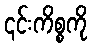
၎င်းကိစ္စကို